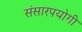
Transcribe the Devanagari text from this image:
संसारपयोगी